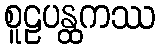
စူဠပန္ထကဿ